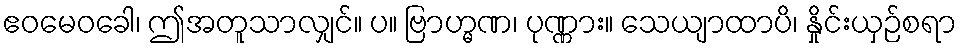
ဧဝမေဝခေါ၊ ဤအတူသာလျှင်။ ပ။ ဗြာဟ္မဏ၊ ပုဏ္ဏား။ သေယျာထာပိ၊ နှိုင်းယှဉ်စရာ